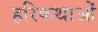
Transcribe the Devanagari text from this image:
हरिकथाओं